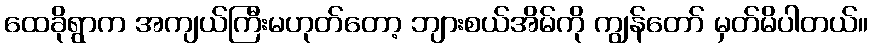
ထေခိုရွာက အကျယ်ကြီးမဟုတ်တော့ ဘျားစယ်အိမ်ကို ကျွန်တော် မှတ်မိပါတယ်။